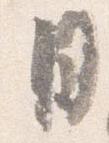
月